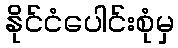
နိုင်ငံပေါင်းစုံမှ